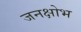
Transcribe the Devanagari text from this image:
जनक्षोभ